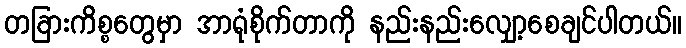
တခြားကိစ္စတွေမှာ အာရုံစိုက်တာကို နည်းနည်းလျှော့စေချင်ပါတယ်။